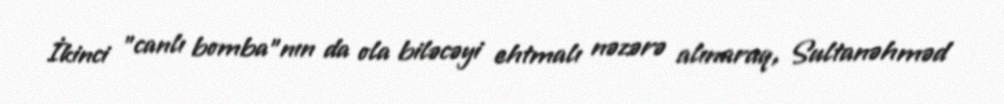
İkinci "canlı bomba"nın da ola biləcəyi ehtmalı nəzərə alınaraq, Sultanəhməd